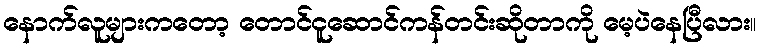
နောက်လူများကတော့ တောင်ငူဆောင်ကန်တင်းဆိုတာကို မေ့ပဲနေပြီလား။